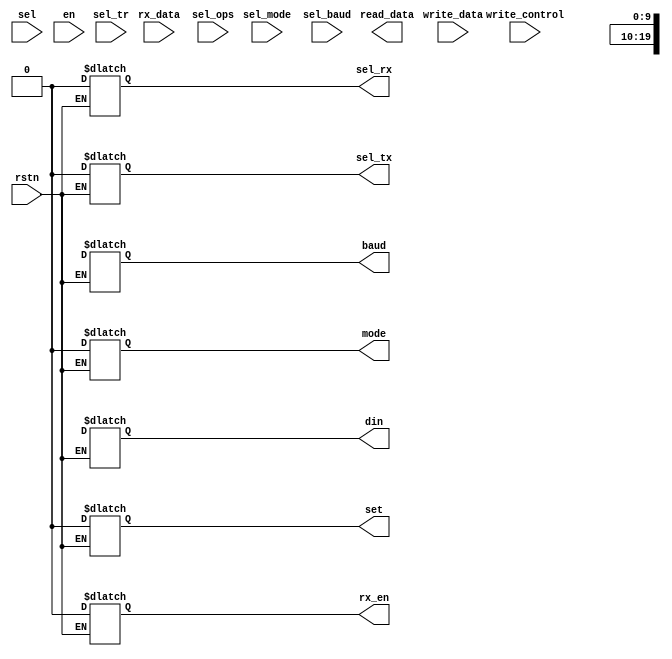
/* ----------------------------------------
		!!! UART APB Data module !!!
	----------------------------------------
	
	transfer write_data to respective registers
	
*/

module uart_apb_dp
(
	// Inputs:
	input wire 			rstn,
	input wire			sel,
	input wire 			en,
	input wire [31:0] write_data,
	input wire [9:0]  rx_data,
	input wire			write_control,
	
	input wire sel_ops,	// active HIGH to start tx/rx operations. addr: 0x00
	input wire sel_tr,	// active HIGH to set TX/RX mode.			addr: 0x04
	input wire sel_mode,	// active HIGH to ser 8/10 bit mode.		addr: 0x08
	input wire sel_baud,	// active HIGH to set baudrate.				addr: 0x10

	// Outputs:
	output reg			set,
	output reg			rx_en,
	output reg			sel_rx,
	output reg			sel_tx,
	output reg [9:0]  din,
	output reg [31:0] read_data,
	output reg			mode,
	output reg [19:0] baud
);

/* -------------------
	internal wires/regs
	------------------- */
reg  [1:0] tr_mode;
wire 		 tx;
wire		 rx;

	
/* ----------------
	conditions check
	---------------- */

	
	
/* -------------
	CONTROL Logic
	------------- */
assign tx = tr_mode[0];
assign rx = tr_mode[1];	

always @ *
begin

	casex ({rstn, write_control, sel_ops, sel_tr, sel_mode, sel_baud, tx, rx})
	
		// Reset
		{1'b0, 1'bx, 1'bx, 1'bx, 1'bx, 1'bx, 1'bx, 1'bx}: begin
																				sel_rx <= 1'b0;
																				sel_tx <= 1'b0;
																				set 	 <= 1'b0;
																				rx_en  <= 1'b0;
																				din	 <= 10'bx;
																				mode	 <= 1'b0;
																				baud	 <= 20'bx;
																			end
		
		
		// enable OPERATING mode. addr: 0x00
			// setting
		{1'b0, 1'b1, 1'b1, 1'b0, 1'b0, 1'b0, 1'bx, 1'bx}: begin
																				// select Tx / Rx
																				sel_tx <= tx;
																				sel_rx <= rx;
																		
																				// Set din
																				din <= write_data[9:0];
																			end
																			
			// transmitting ...
		{1'b0, 1'b0, 1'b1, 1'b0, 1'b0, 1'b0, 1'b1, 1'b0}: begin
																				set 		 <= 1'b1;
																				rx_en 	 <= 1'b0;
																		  end
																			
			// receiving ...
		{1'b0, 1'b0, 1'b1, 1'b0, 1'b0, 1'b0, 1'b0, 1'b1}: begin
																				set 				<= 1'b0;
																				rx_en 			<= 1'b1;
																				read_data[9:0] <= rx_data;
																			end
		
		// set TX/RX mode. addr: 0x04	
		{1'b0, 1'b1, 1'b0, 1'b1, 1'b0, 1'b0, 1'bx, 1'bx}: tr_mode <= write_data[1:0];
		
		// set 8/10 bit mode. addr: 0x08	
		{1'b0, 1'b1, 1'b0, 1'b0, 1'b1, 1'b0, 1'bx, 1'bx}: mode <= write_data[0];
	
		// set baudrate. addr: 0x10	
		{1'b0, 1'b1, 1'b0, 1'b0, 1'b0, 1'b1, 1'bx, 1'bx}: baud <= write_data[19:0];


	endcase

end

endmodule